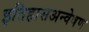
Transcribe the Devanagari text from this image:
इतिहासअन्वेषण